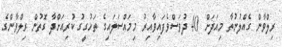
ރިލްވާން ގެއްލުނުތާ މިއަދަށް 40 ދުވަސްވެފައިވާއިރު މިމައްސަލައިގެ ތަހުގީގު ކުރިއަށްދާ ގޮތުން ރިލްވާންގެ